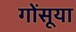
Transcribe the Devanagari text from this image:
गोंसूया